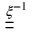
\underline { { \underline { { \xi } } } } ^ { - 1 }